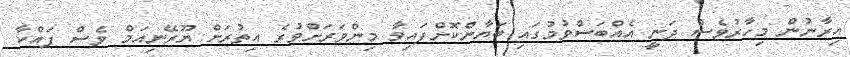
އިރާނުން މިހާރުވެސް ދަނީ އެއްބަސްވުމުގައި ބަޔާންކޮށްފައިވާ މިންވަރަށްވުރެ އިތުރަށް ޔޫރޭނިއަމް ވެސް ފައްކާ